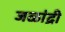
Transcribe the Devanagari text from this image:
जळांद्री